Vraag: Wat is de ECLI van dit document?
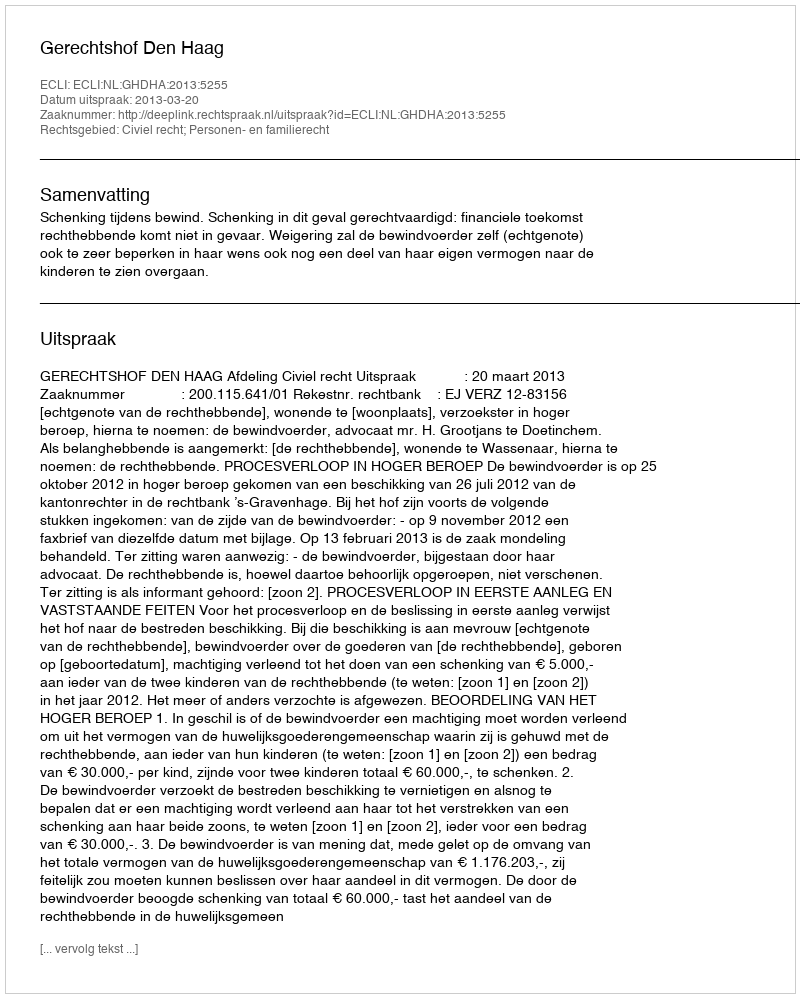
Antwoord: ECLI:NL:GHDHA:2013:5255